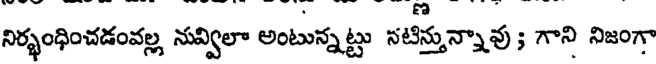
నిర్భంధించడంవల్ల నువ్విలా అంటున్నట్టు నటీస్తున్నావు; గాని నిజంగా